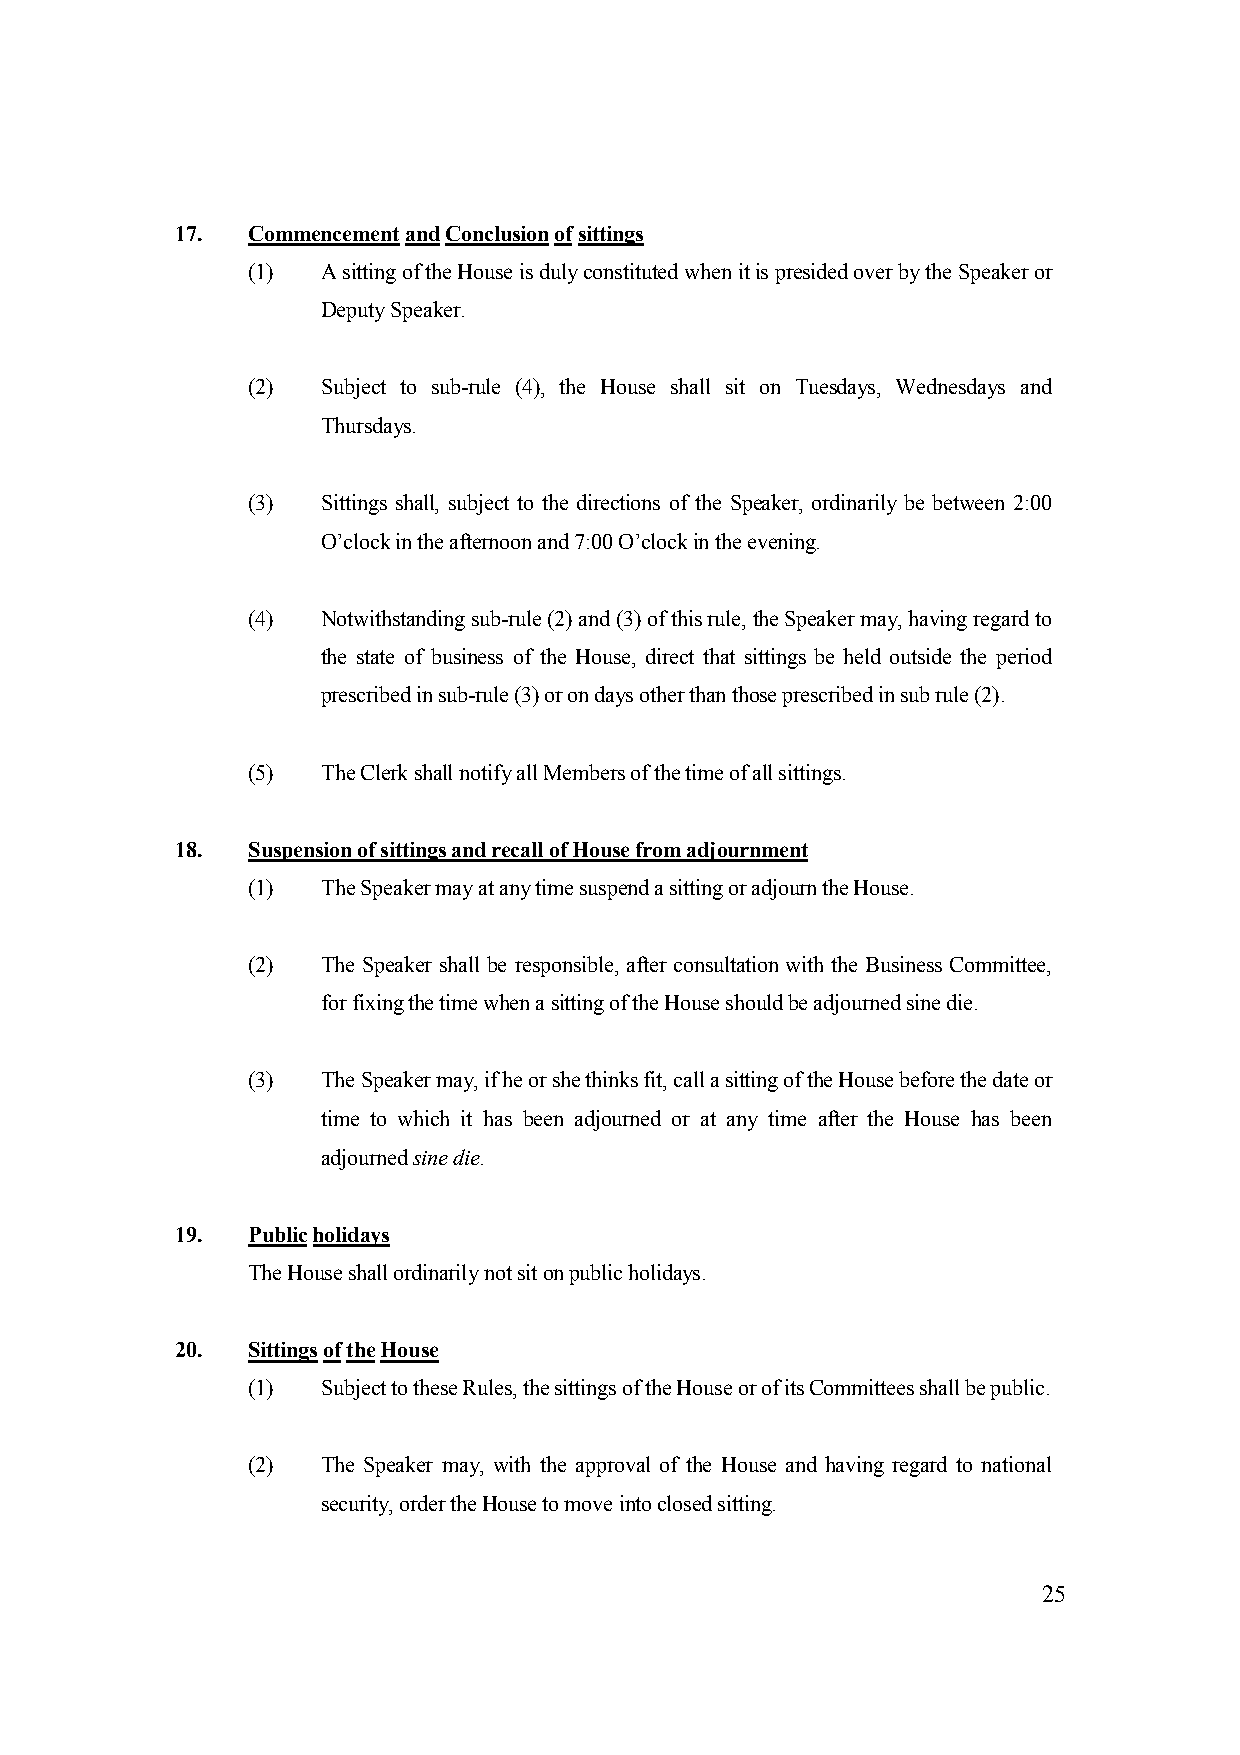
17. Commencement and Conclusion of sittings
 (1)  A sitting of the House is duly constituted when it is presided over by the Speaker or
 Deputy Speaker.
 (2)  Subject to sub-rule (4), the House shall sit on Tuesdays, Wednesdays and
 Thursdays.
 (3)  Sittings shall, subject to the directions of the Speaker, ordinarily be between 2:00
 O’clock in the afternoon and 7:00 O’clock in the evening.
 (4)  Notwithstanding sub-rule (2) and (3) of this rule, the Speaker may, having regard to
 the state of business of the House, direct that sittings be held outside the period
 prescribed in sub-rule (3) or on days other than those prescribed in sub rule (2).
 (5)  The Clerk shall notify all Members of the time of all sittings.
 18. Suspension of sittings and recall of House from adjournment
 (1)  The Speaker may at any time suspend a sitting or adjourn the House.
 (2)  The Speaker shall be responsible, after consultation with the Business Committee,
 for fixing the time when a sitting of the House should be adjourned sine die.
 (3)  The Speaker may, if he or she thinks fit, call a sitting of the House before the date or
 time to which it has been adjourned or at any time after the House has been
 adjourned sine die.
 19. Public holidays
 The House shall ordinarily not sit on public holidays.
 20. Sittings of the House
 (1)  Subject to these Rules, the sittings of the House or of its Committees shall be public.
 (2)  The Speaker may, with the approval of the House and having regard to national
 security, order the House to move into closed sitting.
 25